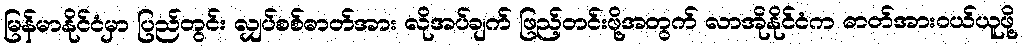
မြန်မာနိုင်ငံမှာ ပြည်တွင်း လျှပ်စစ်ဓာတ်အား လိုအပ်ချက် ဖြည့်တင်းဖို့အတွက် လာအိုနိုင်ငံက ဓာတ်အားဝယ်ယူဖို့